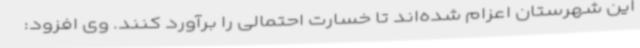
این شهرستان اعزام شده‌اند تا خسارت احتمالی را برآورد کنند. وی افزود: